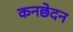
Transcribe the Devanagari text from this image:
कनछेदन